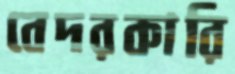
বেদরকারি